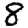
Digit: 8